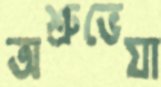
অশ্রুভেযা